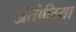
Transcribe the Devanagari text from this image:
अंतोलिया